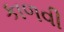
કાળવી